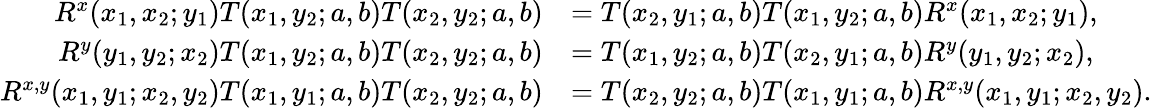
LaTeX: \begin{array}{rl}{R^{x}(x_{1},x_{2};y_{1})T(x_{1},y_{2};a,b)T(x_{2},y_{2};a,b)}&{=T(x_{2},y_{1};a,b)T(x_{1},y_{2};a,b)R^{x}(x_{1},x_{2};y_{1}),}\\ {R^{y}(y_{1},y_{2};x_{2})T(x_{1},y_{2};a,b)T(x_{2},y_{2};a,b)}&{=T(x_{1},y_{2};a,b)T(x_{2},y_{1};a,b)R^{y}(y_{1},y_{2};x_{2}),}\\ {R^{x,y}(x_{1},y_{1};x_{2},y_{2})T(x_{1},y_{1};a,b)T(x_{2},y_{2};a,b)}&{=T(x_{2},y_{2};a,b)T(x_{1},y_{1};a,b)R^{x,y}(x_{1},y_{1};x_{2},y_{2}).}\end{array}